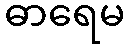
ဓာရေမ